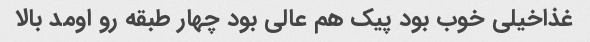
غذاخیلی خوب بود پیک هم عالی بود چهار طبقه رو اومد بالا